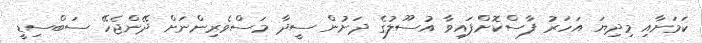
ކަމަށާއި މިދިޔަ އަހަރު ފާސްކޮށްފައިވާ އުސޫލުގެ ދަށުން ސީދާ މަސްވެރިންނަށް ދޭންޖެހޭ ސަބްސިޑީ